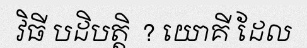
វិធី បដិបត្តិ  ? យោគី ដែល